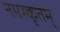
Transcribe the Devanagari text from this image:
नमस्कृतम्